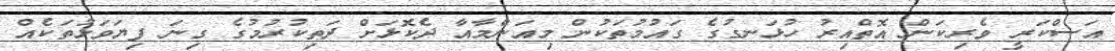
އަސްކަރީ ވެރިކަން އޮތްއިރު ހުޅަނގުގެ ގައުމުތަކުން މިއަންމާއާ ދެކޮޅަށް ދަތިކުރުމުގެ ގިނަ ފިޔަވަޅުތަކެއް